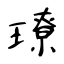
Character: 璙